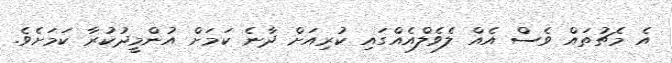
އެ މެޗުތައް ވެސް އެއް ލެވެލްއެއްގައި ކުރިއަށް ދާނެ ކަމަށް އުންމީދުކުރާ ކަމަށެވެ.